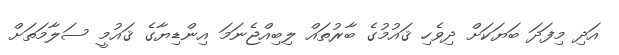
އަދި މިފަދަ ބަޔަކަށް ދިވެހި ޤައުމުގެ ބާރުތައް ލިބިއްޖެނަމަ އިންޑިޔާގެ ޤައުމީ ސަލާމަތަށް